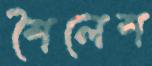
শৈলেশ